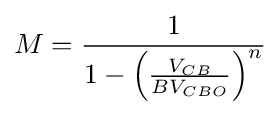
M={\frac {1}{1-\left({\frac {V_{CB}}{BV_{CBO}}}\right)^{n}}}